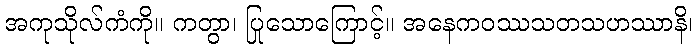
အကုသိုလ်ကံကို။ ကတွာ၊ ပြုသောကြောင့်။ အနေကဝဿသတသဟဿာနိ၊